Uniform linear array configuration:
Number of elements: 24
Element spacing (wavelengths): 0.25
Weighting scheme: blackman
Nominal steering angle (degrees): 30
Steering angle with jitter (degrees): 30.076
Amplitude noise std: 0.05
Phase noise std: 0.05

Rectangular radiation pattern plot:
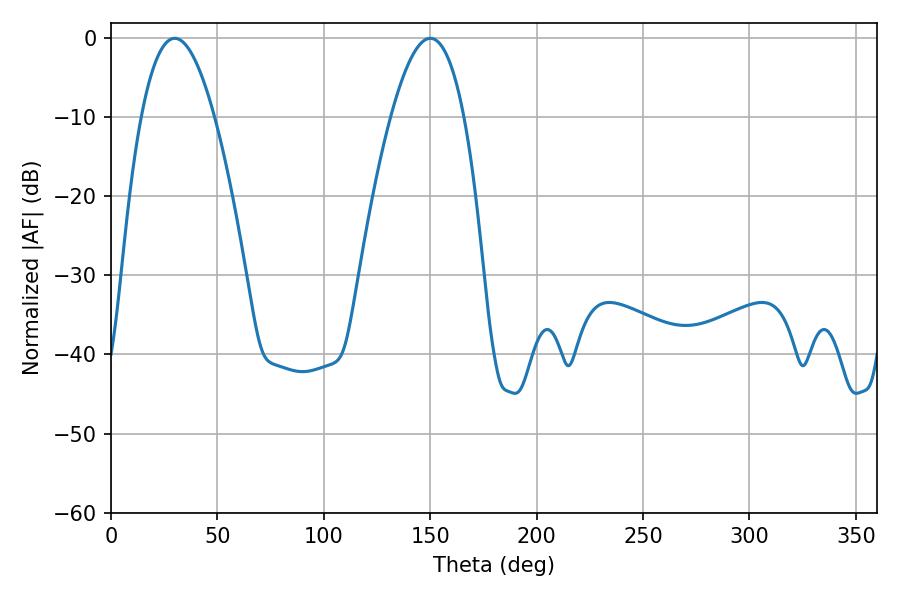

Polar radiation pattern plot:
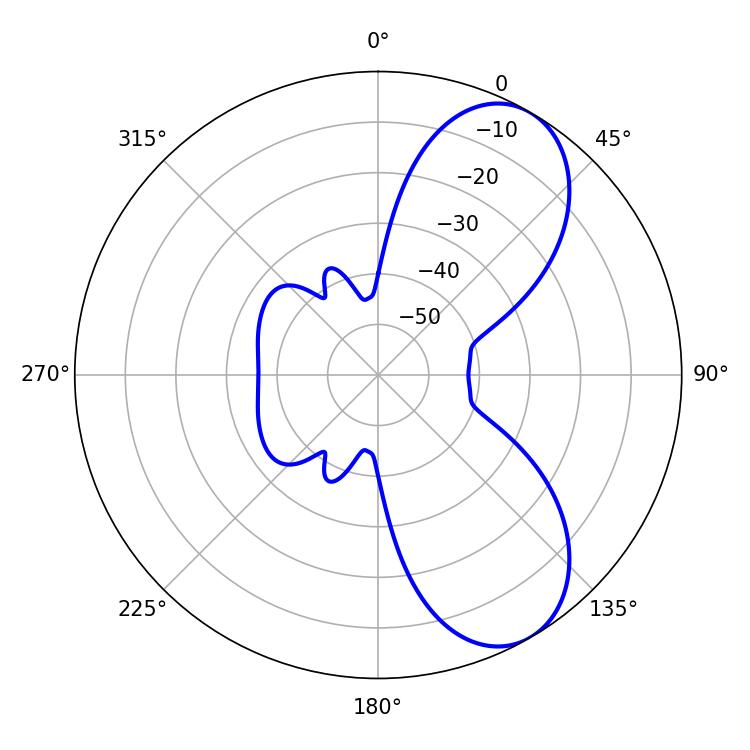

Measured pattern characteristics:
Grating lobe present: FALSE
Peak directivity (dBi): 7.468
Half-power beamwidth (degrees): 18.72
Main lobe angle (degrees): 29.88